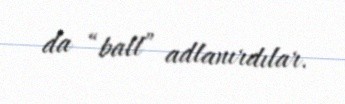
da “ball” adlanırdılar.